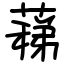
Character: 蕛